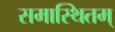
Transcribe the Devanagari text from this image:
समास्थितम्